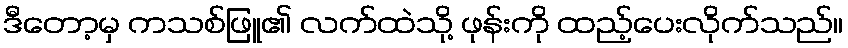
ဒီတော့မှ ကသစ်ဖြူ၏ လက်ထဲသို့ ဖုန်းကို ထည့်ပေးလိုက်သည်။